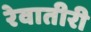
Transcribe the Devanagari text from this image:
रेवातीरी